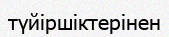
түйіршіктерінен